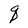
Character: q